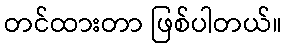
တင်ထားတာ ဖြစ်ပါတယ်။